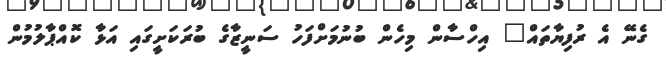
ގެނޭ އެ ރުފިޔާތައް" އިހްސާން މިހެން ބުނުމަށްފަހު ސަނީޒާގެ ބުރަކަށީގައި އަޅާ ކޮއްޕާލުމުން